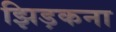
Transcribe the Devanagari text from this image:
झिड़कना